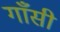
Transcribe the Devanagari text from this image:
गाँसी